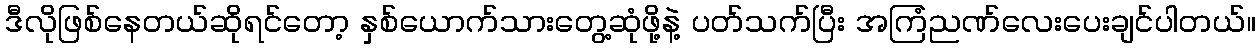
ဒီလိုဖြစ်နေတယ်ဆိုရင်တော့ နှစ်ယောက်သားတွေ့ဆုံဖို့နဲ့ ပတ်သက်ပြီး အကြံညဏ်လေးပေးချင်ပါတယ်။